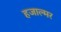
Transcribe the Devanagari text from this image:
हजाल्मर